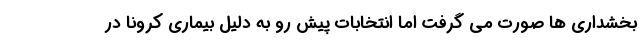
بخشداری ها صورت می گرفت اما انتخابات پیش رو به دلیل بیماری کرونا در